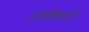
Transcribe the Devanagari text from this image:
उत्राधिकारी